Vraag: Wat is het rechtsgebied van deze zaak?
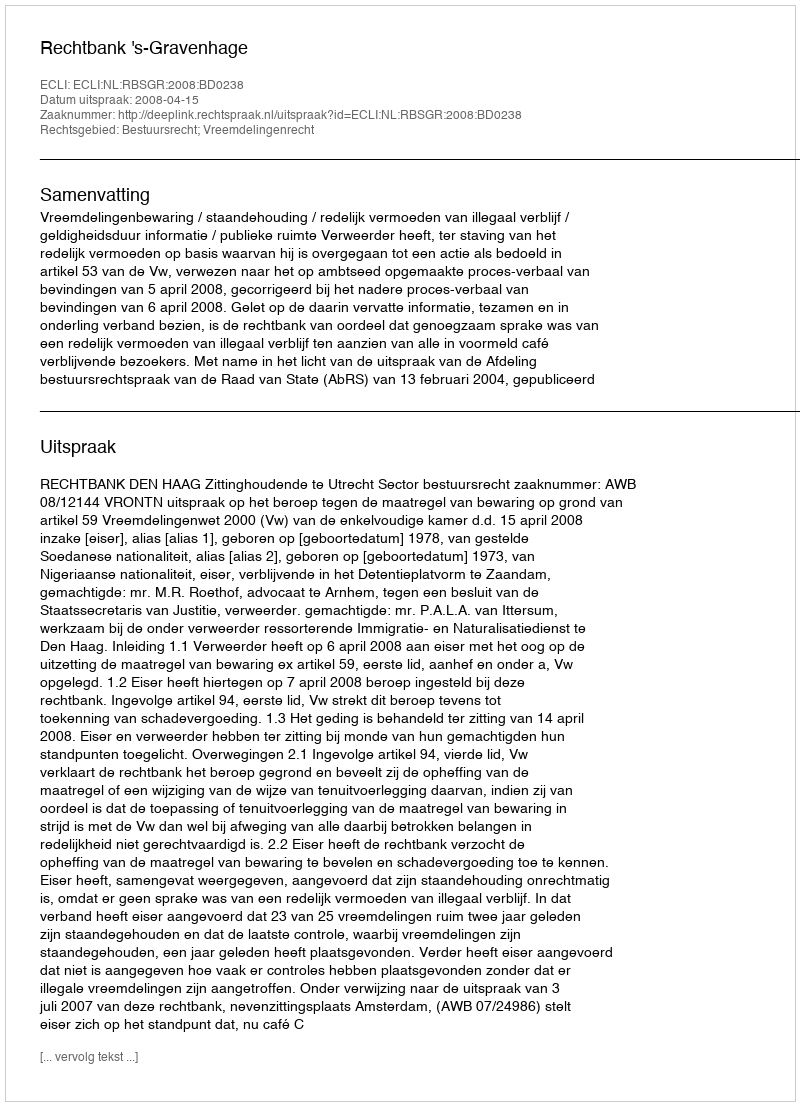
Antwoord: Bestuursrecht; Vreemdelingenrecht